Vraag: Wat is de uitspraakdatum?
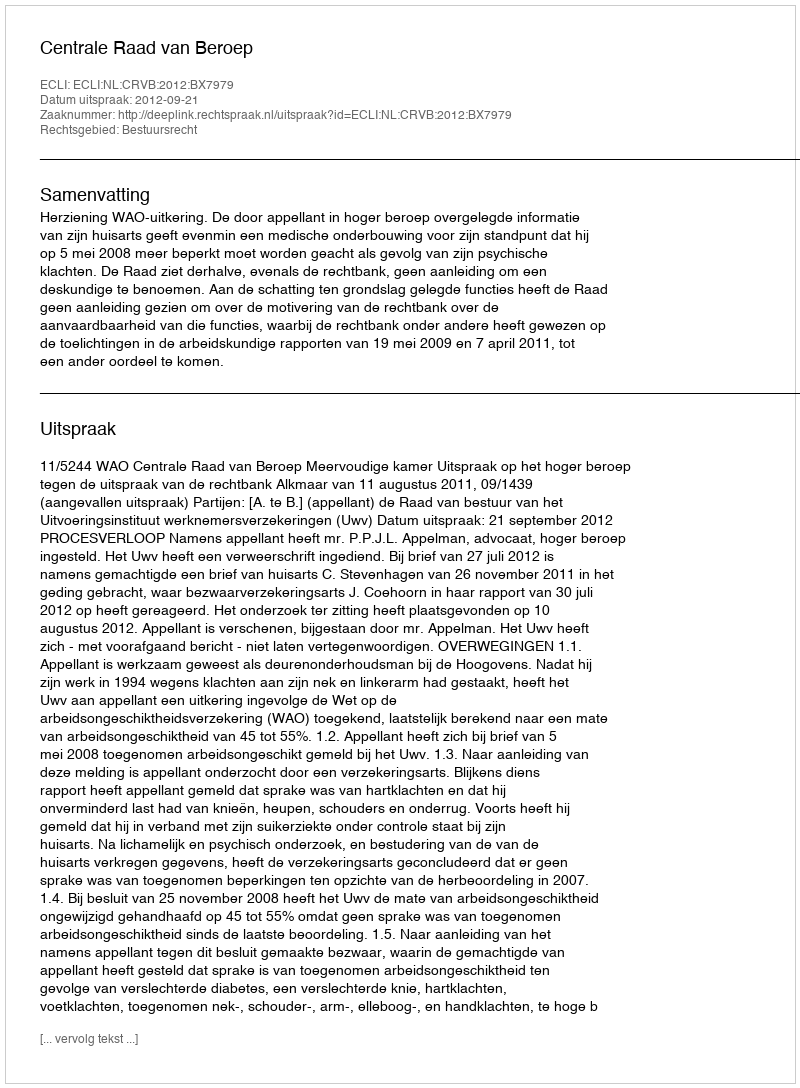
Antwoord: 2012-09-21